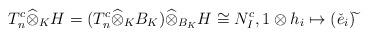
LaTeX: \begin{align*}T_n^c\widehat{\otimes}_KH=(T_n^c\widehat{\otimes}_KB_K)\widehat{\otimes}_{B_K}H\cong N_I^c,1\otimes h_i\mapsto(\check{e}_i)\widetilde{}\end{align*}